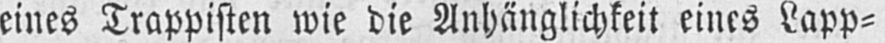
eines Trappisten wie die Anhänglichkeit eines Lapp⸗